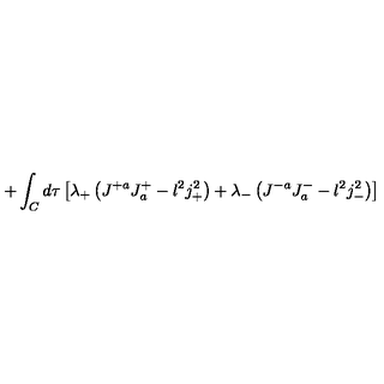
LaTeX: + \int _ { C } d \tau \left[ \lambda _ { + } \left( J ^ { + a } J _ { a } ^ { + } - l ^ { 2 } j _ { + } ^ { 2 } \right) + \lambda _ { - } \left( J ^ { - a } J _ { a } ^ { - } - l ^ { 2 } j _ { - } ^ { 2 } \right) \right]